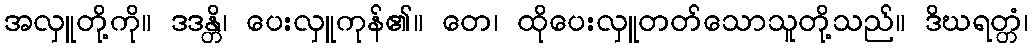
အလှူတို့ကို။ ဒဒန္တိ၊ ပေးလှူကုန်၏။ တေ၊ ထိုပေးလှူတတ်သောသူတို့သည်။ ဒိဃရတ္တံ၊